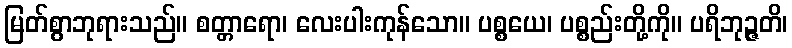
မြတ်စွာဘုရားသည်။ စတ္တာရော၊ လေးပါးကုန်သော။ ပစ္စယေ၊ ပစ္စည်းတို့ကို။ ပရိဘုဉ္ဇတိ၊